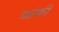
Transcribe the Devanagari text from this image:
खांकी